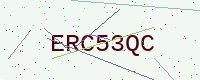
Text: ERC53QC